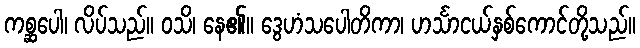
ကစ္ဆပေါ၊ လိပ်သည်။ ဝသိ၊ နေ၏။ ဒွေဟံသပေါတိကာ၊ ဟင်္သာငယ်နှစ်ကောင်တို့သည်။